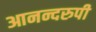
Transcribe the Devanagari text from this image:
आनन्दरुपी